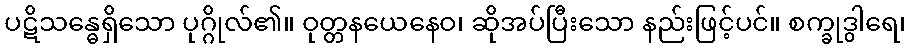
ပဋိသန္ဓေရှိသော ပုဂ္ဂိုလ်၏။ ဝုတ္တနယေနေဝ၊ ဆိုအပ်ပြီးသော နည်းဖြင့်ပင်။ စက္ခုဒွါရေ၊